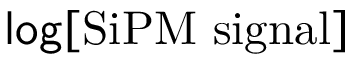
\mathsf { l o g } \mathrm { [ S i P M \ s i g n a l ] }